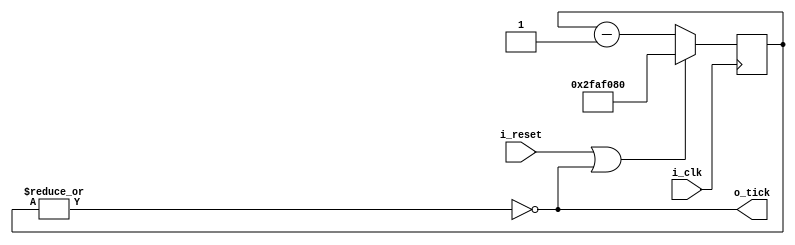
/*!>
* 1 tick pulse per second generator with input 500MHz module
*
*+ Input +* 
* i_clk 	- input clock 500MHz
* i_reset	- reset switch
*
*+ Output +* 
*  o_tick - tick
*
*
<!*/
module clock_500MHz_to_1tick_generator(
input i_clk,
input i_reset,
output o_tick
);


wire reset;
wire or_count;
reg [31:0] count;

assign or_count = |count;

assign o_tick = !(or_count);
assign reset = i_reset | !(or_count);


always @ ( posedge i_clk )
	begin
		if( reset )
			begin
				count <= 32'd50000000;
			end
		else
			begin
				count <= count - 1'd1;
			end
	end

endmodule